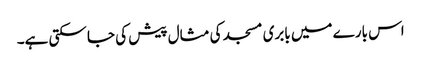
اس بارے میں بابری مسجد کی مثال پیش کی جا سکتی ہے۔